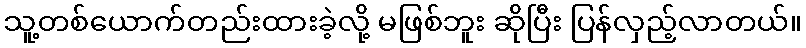
သူ့တစ်ယောက်တည်းထားခဲ့လို့ မဖြစ်ဘူး ဆိုပြီး ပြန်လှည့်လာတယ်။